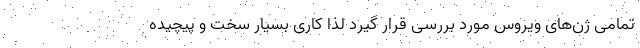
تمامی ژن‌های ویروس مورد بررسی قرار گیرد لذا کاری بسیار سخت و پیچیده